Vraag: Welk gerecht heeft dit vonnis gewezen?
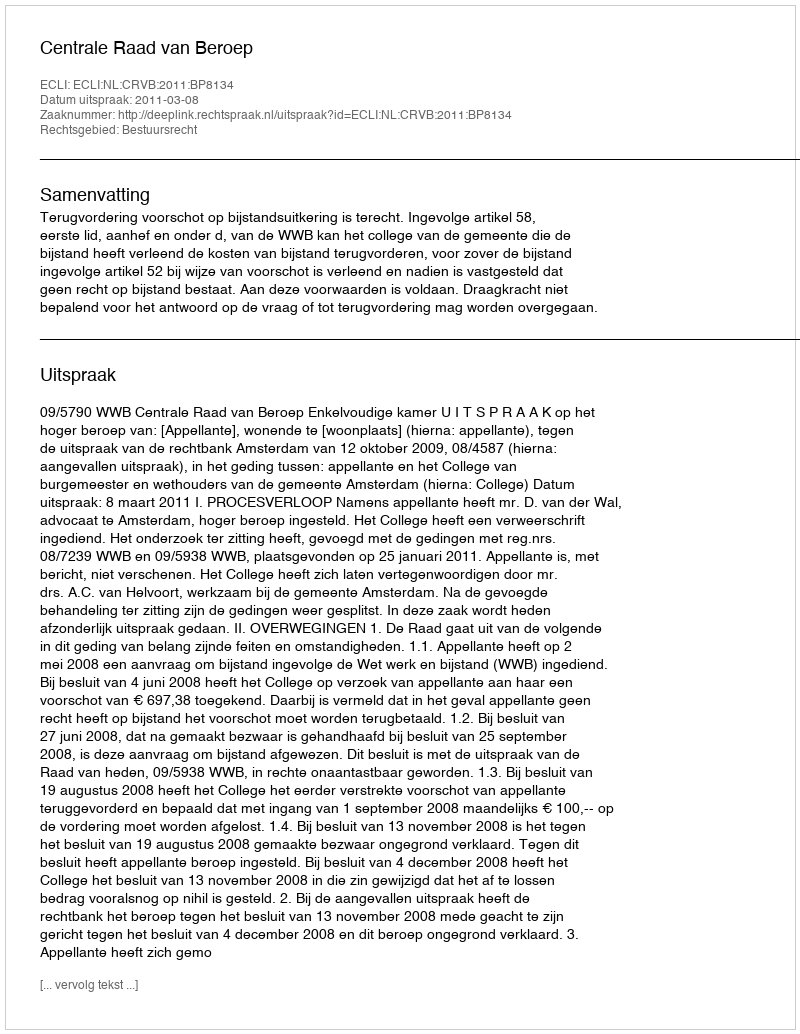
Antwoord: Centrale Raad van Beroep